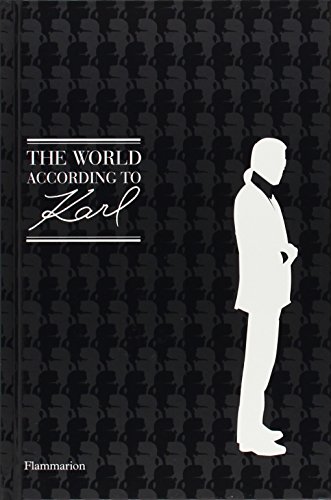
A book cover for The World According to Karl; Humor & Entertainment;